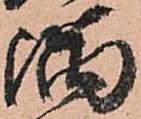
隅